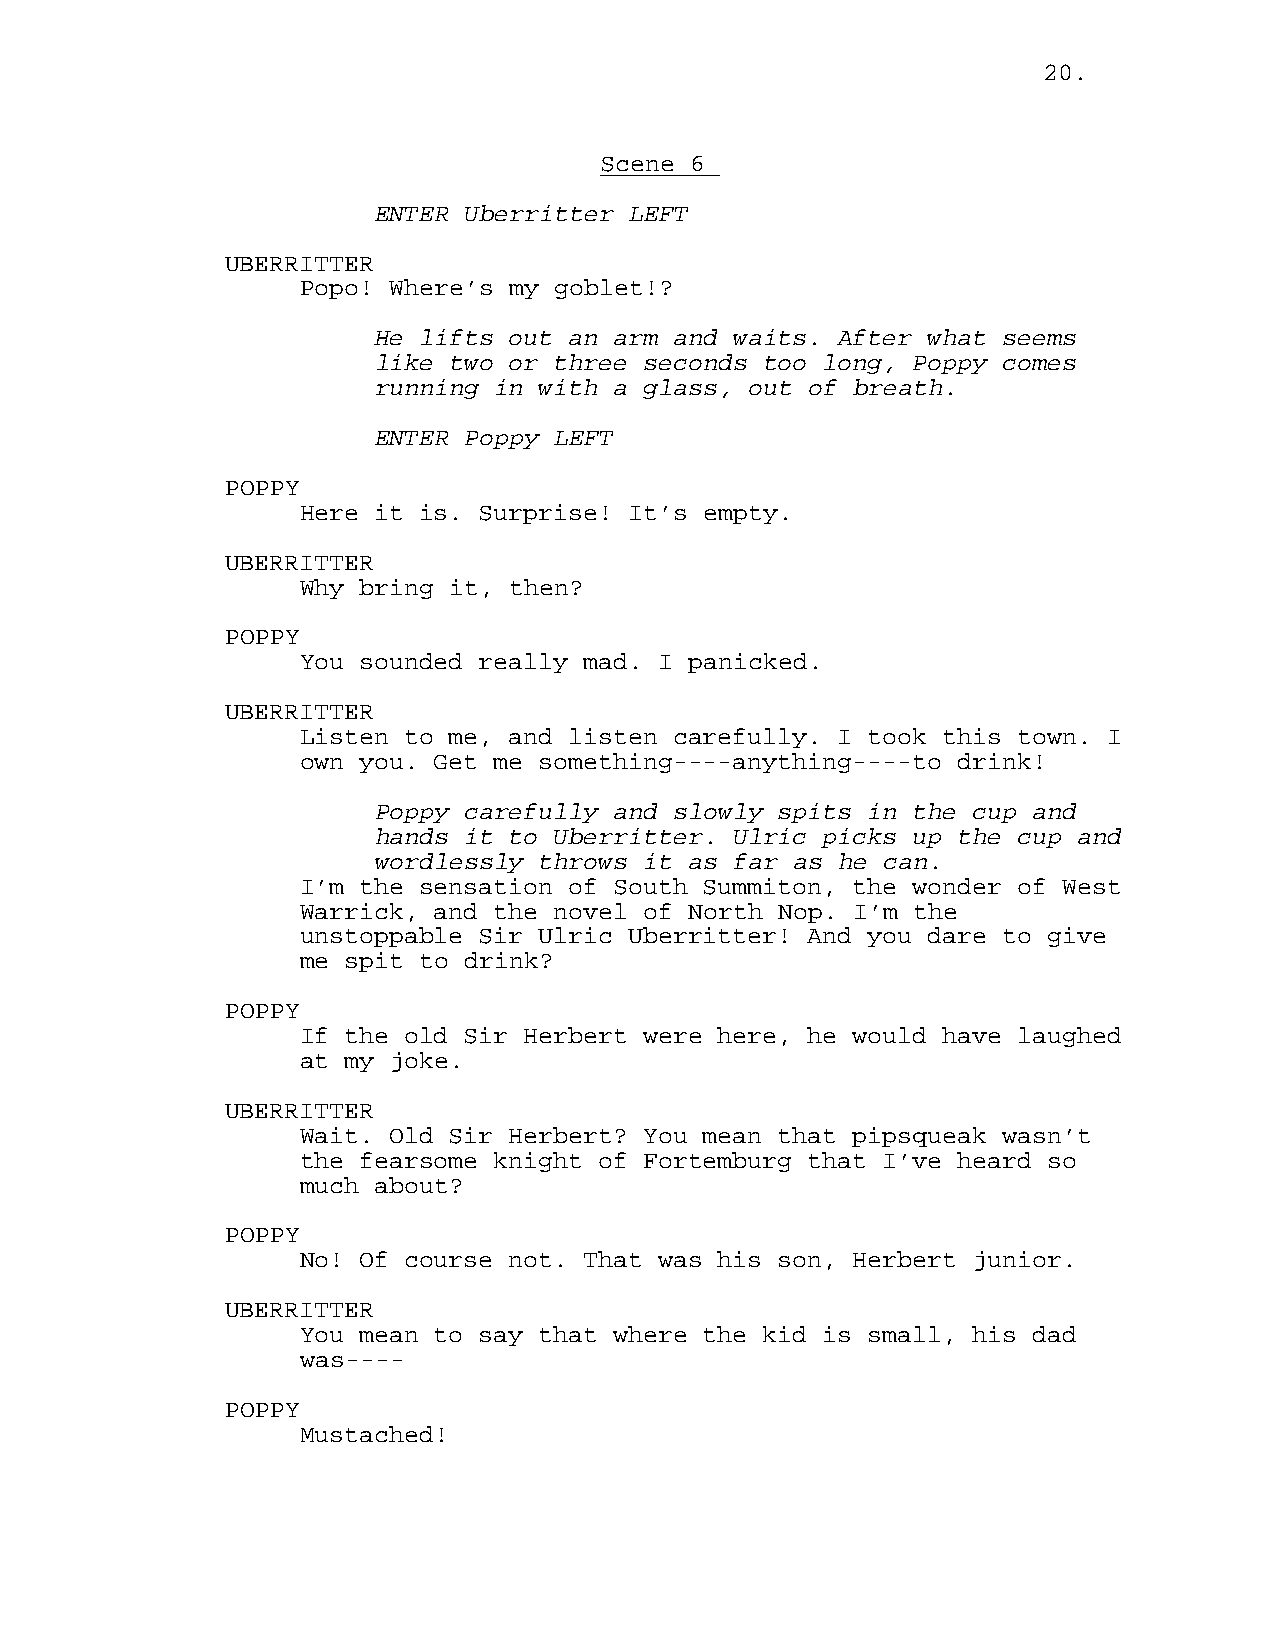
20.
 Scene 6
 ENTER Uberritter LEFT
 UBERRITTER
 Popo! Where’s my goblet!?
 He lifts out an arm and waits. After what seems
 like two or three seconds too long, Poppy comes
 running in with a glass, out of breath.
 ENTER Poppy LEFT
 POPPY
 Here it is. Surprise! It’s empty.
 UBERRITTER
 Why bring it, then?
 POPPY
 You sounded really mad. I panicked.
 UBERRITTER
 Listen to me, and listen carefully. I took this town. I
 own you. Get me something----anything----to drink!
 Poppy carefully and slowly spits in the cup and
 hands it to Uberritter. Ulric picks up the cup and
 wordlessly throws it as far as he can.
 I’m the sensation of South Summiton, the wonder of West
 Warrick, and the novel of North Nop. I’m the
 unstoppable Sir Ulric Uberritter! And you dare to give
 me spit to drink?
 POPPY
 If the old Sir Herbert were here, he would have laughed
 at my joke.
 UBERRITTER
 Wait. Old Sir Herbert? You mean that pipsqueak wasn’t
 the fearsome knight of Fortemburg that I’ve heard so
 much about?
 POPPY
 No! Of course not. That was his son, Herbert junior.
 UBERRITTER
 You mean to say that where the kid is small, his dad
 was----
 POPPY
 Mustached!